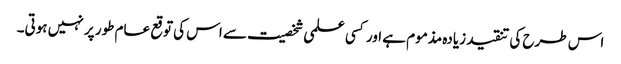
اس طرح کی تنقید زیادہ مذموم ہے اور کسی علمی شخصیت سے اس کی توقع عام طور پر نہیں ہوتی۔